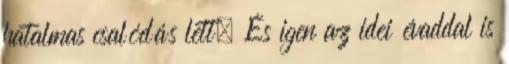
hatalmas csalódás lett. És igen az idei évaddal is